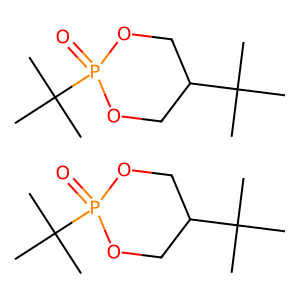
SMILES: CC(C)(C)C1COP(=O)(C(C)(C)C)OC1.CC(C)(C)C1COP(=O)(C(C)(C)C)OC1
Inhibits HIV replication: No